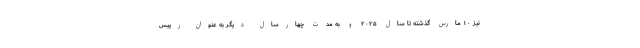
نیز ۱۰ مارس گذشته تا سال ۲۰۲۵ و به مدت چهارسال دیگر به عنوان رییس